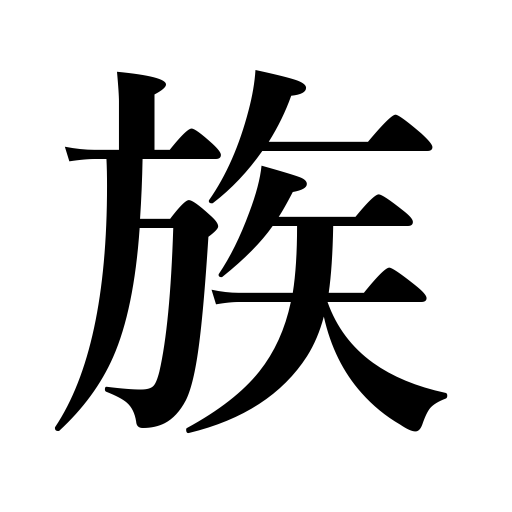
Meanings: tribe,clan,family,relatives,race